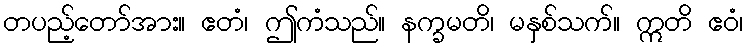
တပည့်တော်အား။ ဧတံ၊ ဤကံသည်။ နက္ခမတိ၊ မနှစ်သက်။ ဣတိ ဧဝံ၊